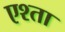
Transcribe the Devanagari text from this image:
एश्ता